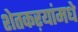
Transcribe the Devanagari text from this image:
शेतकऱयांमधे